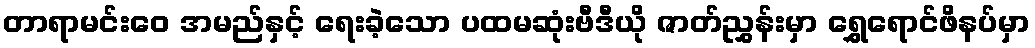
တာရာမင်းဝေ အမည်နှင့် ရေးခဲ့သော ပထမဆုံးဗီဒီယို ဇာတ်ညွှန်းမှာ ရွှေရောင်ဖိနပ်မှာ